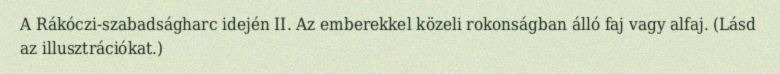
A Rákóczi-szabadságharc idején II. Az emberekkel közeli rokonságban álló faj vagy alfaj. (Lásd az illusztrációkat.)